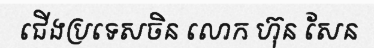
ជើងប្រទេសចិន លោក ហ៊ុន សែន